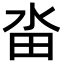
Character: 畓